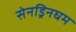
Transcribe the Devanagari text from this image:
सेनड्रिनघम